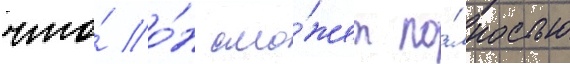
что́ о́н смо́жет по́лностью